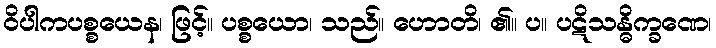
ဝိပါကပစ္စယေန၊ ဖြင့်။ ပစ္စယော၊ သည်။ ဟောတိ၊ ၏။ ပ။ ပဋိသန္ဓိက္ခဏေ၊